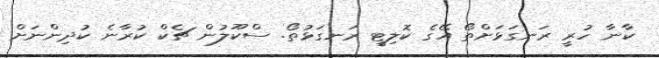
ކާނާ ހުރީ ރަނގަޅަށްތޯ އޭގެ ކޮލިޓީ ރަނގަޅުތޯ. ސްކޫލުން ޗެކް ކުރާނެ ކުދިންނަށް